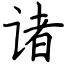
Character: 诸